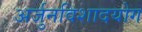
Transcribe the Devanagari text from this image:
अर्जुनविशादयोग